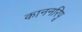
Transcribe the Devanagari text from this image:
काननरिपू